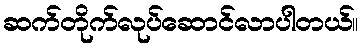
ဆက်တိုက်လုပ်ဆောင်လာပါတယ်။